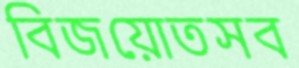
বিজয়োতসব